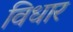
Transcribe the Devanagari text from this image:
विधार